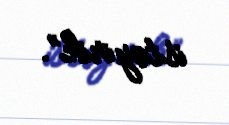
istəyirik”.